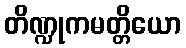
တိဏ္ဍုကမတ္တိယော